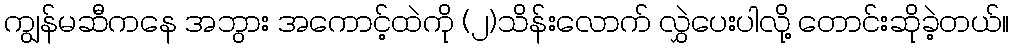
ကျွန်မဆီကနေ အဘွား အကောင့်ထဲကို (၂)သိန်းလောက် လွှဲပေးပါလို့ တောင်းဆိုခဲ့တယ်။